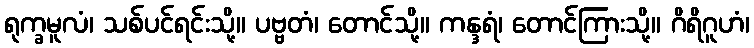
ရုက္ခမူလံ၊ သစ်ပင်ရင်းသို့။ ပဗ္ဗတံ၊ တောင်သို့။ ကန္ဒရံ၊ တောင်ကြားသို့။ ဂိရိဂူဟံ၊